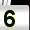
Digit: 5